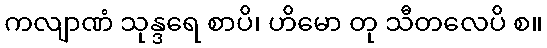
ကလျာဏံ သုန္ဒရေ စာပိ၊ ဟိမော တု သီတလေပိ စ။